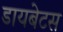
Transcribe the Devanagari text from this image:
डायबेटस